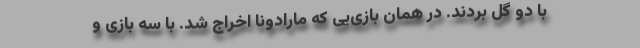
با دو گل بردند. در همان بازی‌یی که مارادونا اخراج شد. با سه بازی و